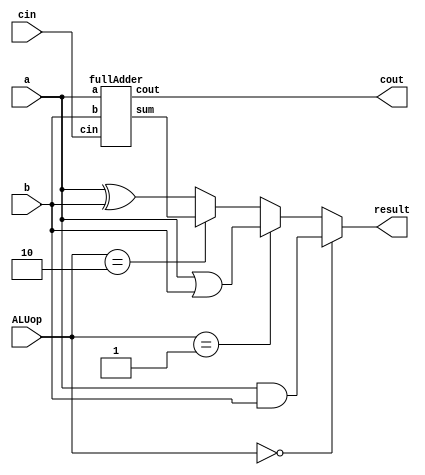
module alu1Bit(result, cout, ALUop, a, b, cin);
	input a, b, cin;
	input [1:0] ALUop;
	output result, cout;
	wire sum, out_and, out_or, out_xor;
	fullAdder fa(cin, a, b, cout, sum);
	assign out_and = a&b;
	assign out_or = a|b;
	assign out_xor = a^b;
	assign result = (ALUop==2'b00)? out_and:
			(ALUop==2'b01)? out_or:
			(ALUop==2'b10)? sum:
			out_xor;
endmodule

module fullAdder(cin, a, b, cout, sum);
	input cin, a, b;
	output cout, sum;
	assign sum = cin^a^b;
	assign cout = (cin&a)|(cin&b)|(a&b);
endmodule 

module testBenchALU1bit;
reg a, b, cin;
reg[1:0] ALUop;

initial begin
a=0; b=0; cin=0; ALUop=2'b00;
#5 a=0; b=0; cin=1;
#5 a=0; b=1; cin=0;
#5 a=0; b=1; cin=1;
#5 a=1; b=0; cin=0;
#5 a=1; b=0; cin=1;
#5 a=1; b=1; cin=0;
#5 a=1; b=1; cin=1;
#5 a=0; b=0; cin=0; ALUop=2'b01;
#5 a=0; b=0; cin=1;
#5 a=0; b=1; cin=0;
#5 a=0; b=1; cin=1;
#5 a=1; b=0; cin=0;
#5 a=1; b=0; cin=1;
#5 a=1; b=1; cin=0;
#5 a=1; b=1; cin=1;
#5 a=0; b=0; cin=0; ALUop=2'b10;
#5 a=0; b=0; cin=1;
#5 a=0; b=1; cin=0;
#5 a=0; b=1; cin=1;
#5 a=1; b=0; cin=0;
#5 a=1; b=0; cin=1;
#5 a=1; b=1; cin=0;
#5 a=1; b=1; cin=1;
#5 a=0; b=0; cin=0; ALUop=2'b11;
#5 a=0; b=0; cin=1;
#5 a=0; b=1; cin=0;
#5 a=0; b=1; cin=1;
#5 a=1; b=0; cin=0;
#5 a=1; b=0; cin=1;
#5 a=1; b=1; cin=0;
#5 a=1; b=1; cin=1;
end
fullAdder f1(cin, a, b, cout, sum);
alu1Bit f2(result, cout, ALUop, a, b, cin);
initial $monitor($time, "a=%b,b=%b,c=%b, result=%b, ALUop=%b", a, b, cin, result, cout, ALUop);
initial #180 $finish;
endmodule